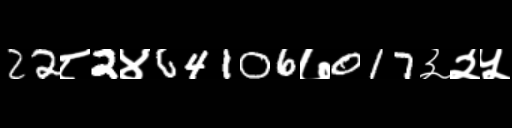
Text: 22८2४64106७017३२५